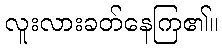
လူးလားခတ်နေကြ၏။